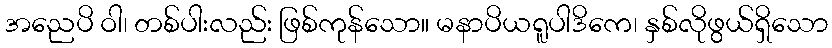
အညေပိ ဝါ၊ တစ်ပါးလည်း ဖြစ်ကုန်သော။ မနာပိယရူပါဒိကေ၊ နှစ်လိုဖွယ်ရှိသော